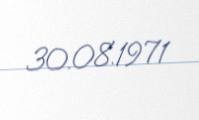
30.08.1971